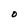
Character: O